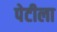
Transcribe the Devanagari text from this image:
पेटीला